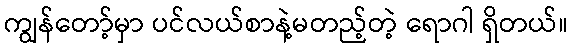
ကျွန်တော့်မှာ ပင်လယ်စာနဲ့မတည့်တဲ့ ရောဂါ ရှိတယ်။